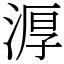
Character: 㴟